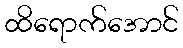
ထိရောက်အောင်